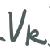
$V_R$